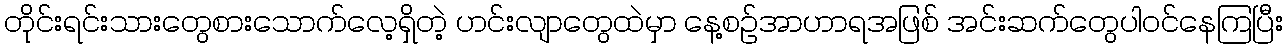
တိုင်းရင်းသားတွေစားသောက်လေ့ရှိတဲ့ ဟင်းလျာတွေထဲမှာ နေ့စဉ်အာဟာရအဖြစ် အင်းဆက်တွေပါဝင်နေကြပြီး